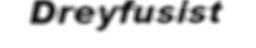
Dreyfusist